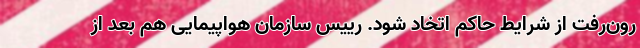
رون‌رفت از شرایط حاکم اتخاد شود. رییس سازمان هواپیمایی هم بعد از